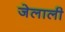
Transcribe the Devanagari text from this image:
जेलाली